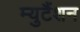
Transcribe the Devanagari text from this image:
म्युटैंशन